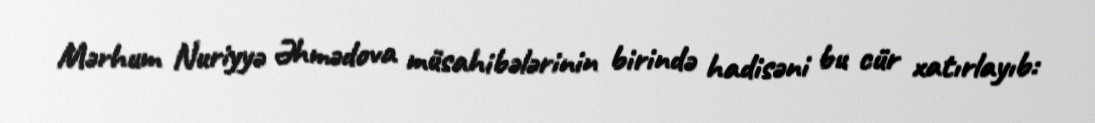
Mərhum Nuriyyə Əhmədova müsahibələrinin birində hadisəni bu cür xatırlayıb: